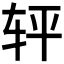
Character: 𰹽